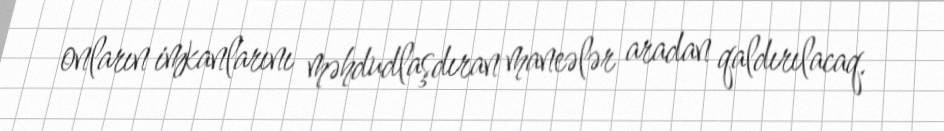
onların imkanlarını məhdudlaşdıran maneələr aradan qaldırılacaq.